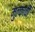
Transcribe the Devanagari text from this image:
मुल्काची